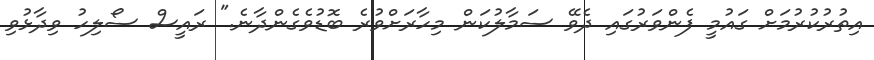
އިތުރުކުރުމަށް ގައުމީ ފެންވަރުގައި ދެވޭ ސަމާލުކަން މިހާރަށްވުރެ ބޮޑުވެގެންދާނެ." ރައީސް ސޯލިހު ވިދާޅުވި